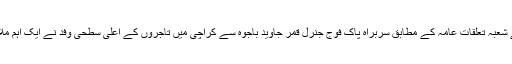
پاک فوج کے شعبہ تعلقات عامہ کے مطابق سربراہ پاک فوج جنرل قمر جاوید باجوہ سے کراچی میں تاجروں کے اعلی سطحی وفد نے ایک اہم ملاقات کی ہے۔